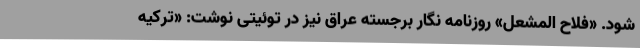
شود. «فلاح المشعل» روزنامه نگار برجسته عراق نیز در توئیتی نوشت: «ترکیه